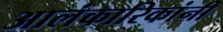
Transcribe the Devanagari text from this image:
आलंकारिकांनी